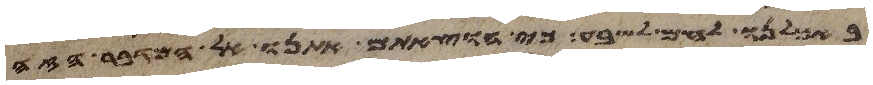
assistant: באכלנו לחם לשבע כי הוצאתם אתנו אל המדבר הזה